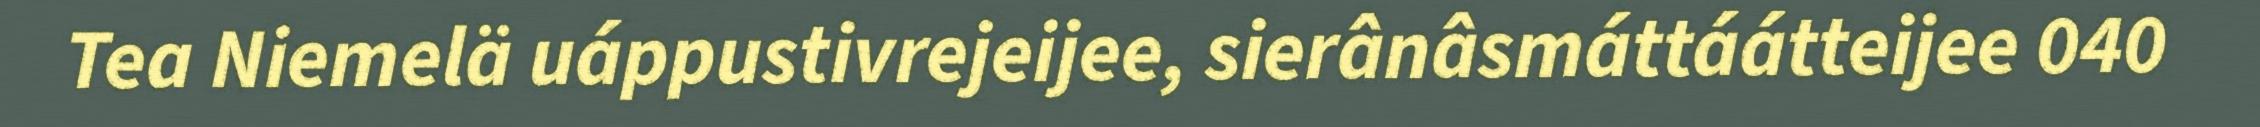
Tea Niemelä uáppustivrejeijee, sierânâsmáttáátteijee 040